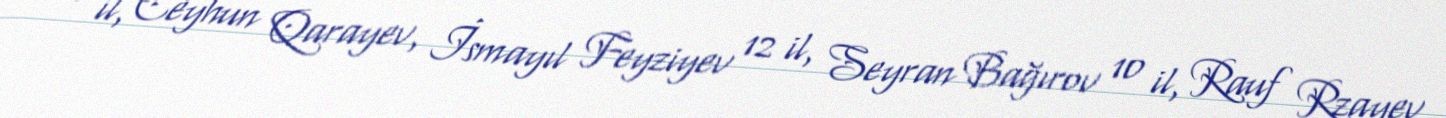
15 il, Ceyhun Qarayev, İsmayıl Feyziyev 12 il, Seyran Bağırov 10 il, Rauf Rzayev